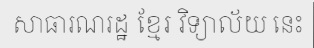
សាធារណរដ្ឋ ខ្មែរ វិទ្យាល័យ នេះ